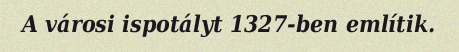
A városi ispotályt 1327-ben említik.